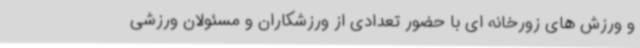
و ورزش های زورخانه ای با حضور تعدادی از ورزشکاران و مسئولان ورزشی